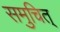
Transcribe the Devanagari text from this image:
समुचित्‌